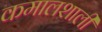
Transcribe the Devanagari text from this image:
कमालशाली